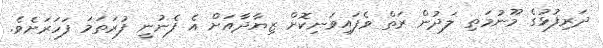
ދަރިފުޅުގެ މޫނުމަތި ލަދުން ރަތް ވެފައިވަނިކޮށް ޒިޔާދާއަށް އެ ފެނުނީ ފުރަތަމަ ފަހަރަށެވެ.